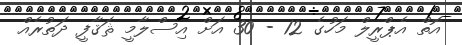
އޮތް އެޕްރީލް މަހުގެ 12 - 30 އަށް އިސްލާމީ ޘަޤާފީ ދަތުރެއް